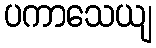
ပကာသေယျ